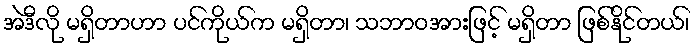
အဲဒီလို မရှိတာဟာ ပင်ကိုယ်က မရှိတာ၊ သဘာဝအားဖြင့် မရှိတာ ဖြစ်နိုင်တယ်၊